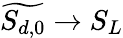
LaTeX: \widetilde{S_{d,0}}\rightarrow S_{L}